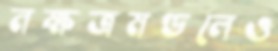
নক্ষত্রমণ্ডলেও